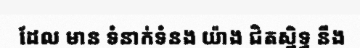
ដែល មាន ទំនាក់ទំនង យ៉ាង ជិតស្និទ្ធ នឹង